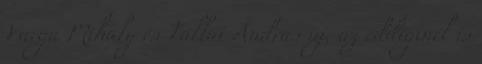
Varga Mihály és Tállai András új, az eddiginél is